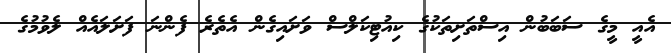
އެއީ މީގެ ސަބަބުން އިސްތަށިތަކުގެ ކިއުޓިކަލްސް ވަށައިގެން އެތެރެ ފެންނަ ފަށަލައެއް ލެވުމުގެ